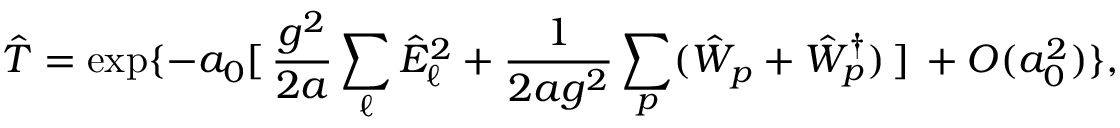
\hat { T } = \exp \{ - a _ { 0 } [ \, \frac { g ^ { 2 } } { 2 a } \sum _ { \ell } \hat { E } _ { \ell } ^ { 2 } + \frac { 1 } { 2 a g ^ { 2 } } \sum _ { p } ( \hat { W } _ { p } + \hat { W } _ { p } ^ { \dagger } ) \, ] \, + O ( a _ { 0 } ^ { 2 } ) \} ,